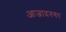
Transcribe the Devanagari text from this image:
आजादनगर